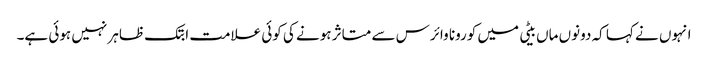
انہوں نے کہا کہ دونوں ماں بیٹی میں کورونا وائرس سے متاثر ہونے کی کوئی علامت ابتک ظاہر نہیں ہوئی ہے۔